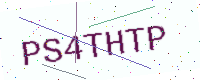
Text: PS4THTP